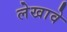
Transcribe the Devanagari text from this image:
लेखावे